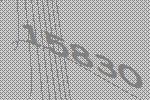
15830